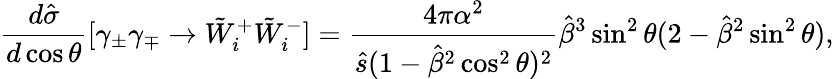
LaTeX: \frac{d\hat{\sigma}}{d\cos\theta}[\gamma_{\pm}\gamma_{\mp}\rightarrow\tilde{W}_{i}^{+}\tilde{W}_{i}^{-}]=\frac{4\pi\alpha^{2}}{\hat{s}(1-\hat{\beta}^{2}\cos^{2}\theta)^{2}}\hat{\beta}^{3}\sin^{2}\theta(2-\hat{\beta}^{2}\sin^{2}\theta),